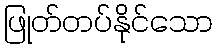
ဖြုတ်တပ်နိုင်သော